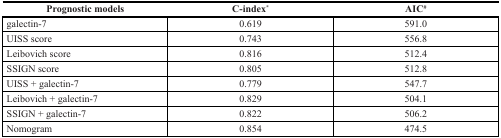
<table><thead><tr><td><b>Prognostic models</b></td><td><b>C-index*</b></td><td><b>AIC#</b></td></tr></thead><tbody><tr><td>galectin-7</td><td>0.619</td><td>591.0</td></tr><tr><td>UISS score</td><td>0.743</td><td>556.8</td></tr><tr><td>Leibovich score</td><td>0.816</td><td>512.4</td></tr><tr><td>SSIGN score</td><td>0.805</td><td>512.8</td></tr><tr><td>UISS + galectin-7</td><td>0.779</td><td>547.7</td></tr><tr><td>Leibovich + galectin-7</td><td>0.829</td><td>504.1</td></tr><tr><td>SSIGN + galectin-7</td><td>0.822</td><td>506.2</td></tr><tr><td>Nomogram</td><td>0.854</td><td>474.5</td></tr></tbody></table>